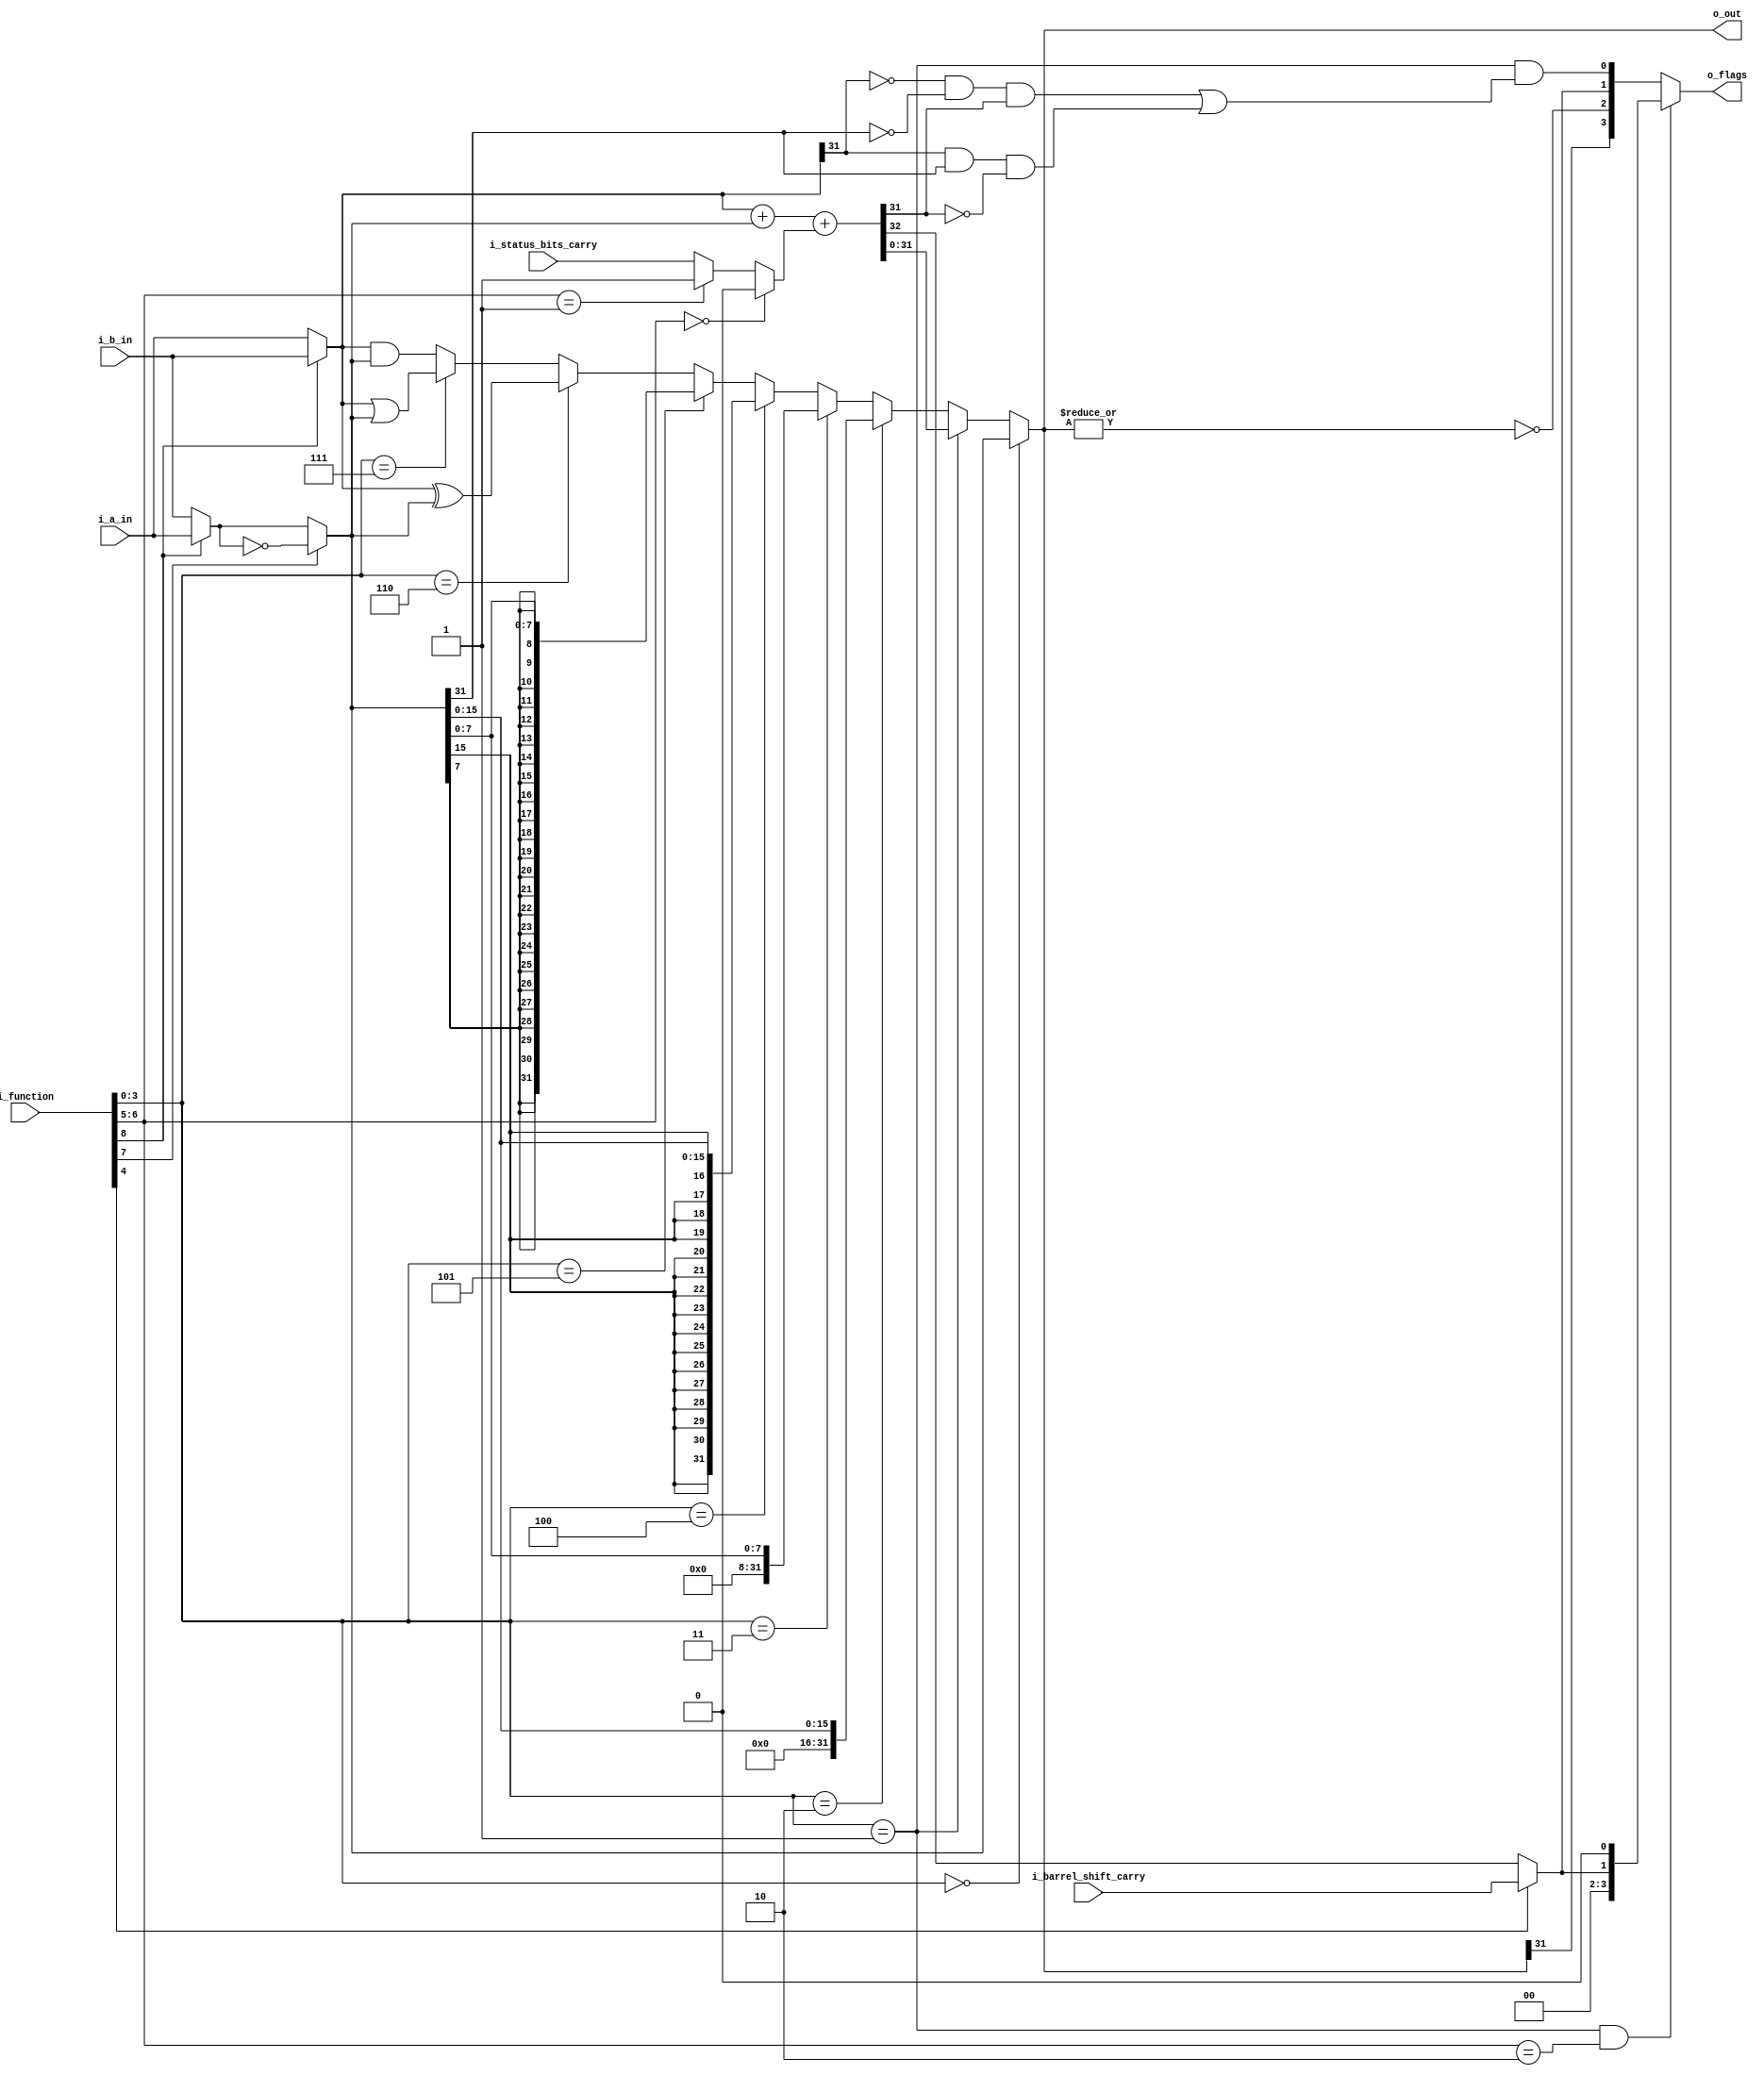
module a23_alu (
input       [31:0]          i_a_in,
input       [31:0]          i_b_in,
input                       i_barrel_shift_carry,
input                       i_status_bits_carry,
input       [8:0]           i_function,


output      [31:0]          o_out,
output      [3:0]           o_flags       // negative, zero, carry, overflow
);

wire     [31:0]         a, b, b_not;
wire     [31:0]         and_out, or_out, xor_out;
wire     [31:0]         sign_ex8_out, sign_ex_16_out;
wire     [31:0]         zero_ex8_out, zero_ex_16_out;
wire     [32:0]         fadder_out;
wire                    swap_sel;
wire                    not_sel;
wire     [1:0]          cin_sel;
wire                    cout_sel;
wire     [3:0]          out_sel;
wire                    carry_in;
wire                    carry_out;
wire                    overflow_out;
wire                    fadder_carry_out;

assign  { swap_sel, not_sel, cin_sel, cout_sel, out_sel } = i_function;


// ========================================================
// A Select
// ========================================================
assign a     = (swap_sel ) ? i_b_in : i_a_in ;

// ========================================================
// B Select
// ========================================================
assign b     = (swap_sel ) ? i_a_in : i_b_in ;
                             
// ========================================================
// Not Select
// ========================================================
assign b_not     = (not_sel ) ? ~b : b ;
                             
// ========================================================
// Cin Select
// ========================================================
assign carry_in  = (cin_sel==2'd0 ) ? 1'd0                   :
                   (cin_sel==2'd1 ) ? 1'd1                   :
                                      i_status_bits_carry    ;  // add with carry

// ========================================================
// Cout Select
// ========================================================
assign carry_out = (cout_sel==1'd0 ) ? fadder_carry_out     :
                                       i_barrel_shift_carry ;

// For non-addition/subtractions that incorporate a shift 
// operation, C is set to the last bit
// shifted out of the value by the shifter.


// ========================================================
// Overflow out
// ========================================================
// Only assert the overflow flag when using the adder
assign  overflow_out    = out_sel == 4'd1 &&
                            // overflow if adding two positive numbers and get a negative number
                          ( (!a[31] && !b_not[31] && fadder_out[31]) ||
                            // or adding two negative numbers and get a positive number
                            (a[31] && b_not[31] && !fadder_out[31])     );


// ========================================================
// ALU Operations
// ========================================================

assign fadder_out       = { 1'd0,a} + {1'd0,b_not} + {32'd0,carry_in};
assign fadder_carry_out = fadder_out[32];
assign and_out          = a & b_not;
assign or_out           = a | b_not;
assign xor_out          = a ^ b_not;
assign zero_ex8_out     = {24'd0,  b_not[7:0]};
assign zero_ex_16_out   = {16'd0,  b_not[15:0]};
assign sign_ex8_out     = {{24{b_not[7]}},  b_not[7:0]};
assign sign_ex_16_out   = {{16{b_not[15]}}, b_not[15:0]};
                          
// ========================================================
// Out Select
// ========================================================
assign o_out = out_sel == 4'd0 ? b_not            : 
               out_sel == 4'd1 ? fadder_out[31:0] : 
               out_sel == 4'd2 ? zero_ex_16_out   :
               out_sel == 4'd3 ? zero_ex8_out     :
               out_sel == 4'd4 ? sign_ex_16_out   :
               out_sel == 4'd5 ? sign_ex8_out     :
               out_sel == 4'd6 ? xor_out          :
               out_sel == 4'd7 ? or_out           :
                                 and_out          ;

wire only_carry;
// activate for adc
assign only_carry = (out_sel == 4'd1)  && (cin_sel == 2'd2);

assign o_flags = only_carry ?
                 {1'b0, 1'b0, carry_out, 1'b0}:
                 {
                 o_out[31],      // negative
                 |o_out == 1'd0,  // zero
                 carry_out,       // carry
                 overflow_out     // overflow
                 };
                         
                                     
endmodule